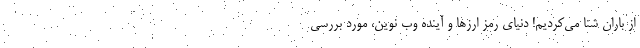
از باران شنا می‌کردیم! دنیای رمز ارزها و آینده وب نوین، مورد بررسی